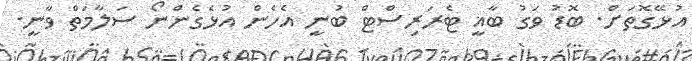
އުޅޭގޮތަށް. ބޮޑު ވަގު ބާޣީ ޓެރަރިސްޓް ބުނީ އެހެން އުޅެގެންނޯ ސަލާމަތް ވާނީ.